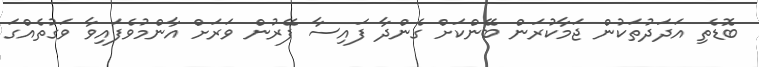
ބޮޑެތި އަދަދުތަކުން ޖަމާކުރަން ބޭންކަށް ގެންދާ ފައިސާ ފޭރުން ވަރަށް އާންމުވެފައިވާ ވަގުތެއްގަ